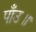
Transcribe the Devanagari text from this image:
पाँउ॥